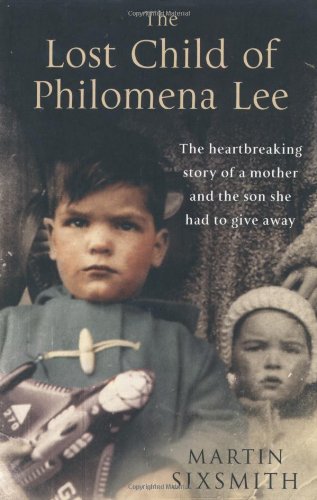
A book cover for The Lost Child of Philomena Lee: A Mother, Her Son, and a Fifty-Year Search; Martin Sixsmith; Politics & Social Sciences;